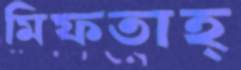
মিফতাহ্